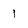
Character: I